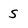
Character: 5